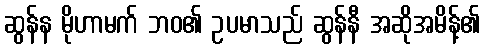
ဆွန်န မိုဟာမက် ဘဝ၏ ဥပမာသည် ဆွန်နီ အဆိုအမိန့်၏